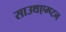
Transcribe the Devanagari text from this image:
साउथएम्प्टन